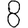
Digit: 8